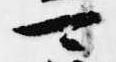
可